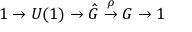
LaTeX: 1 \to U ( 1 ) \to \hat { G } \stackrel { \rho } { \to } G \to 1